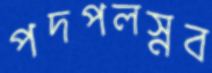
পদপলস্নব